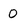
Character: 0